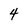
Character: 4